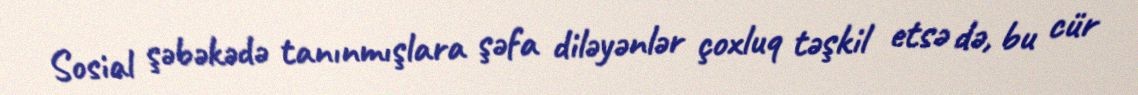
Sosial şəbəkədə tanınmışlara şəfa diləyənlər çoxluq təşkil etsə də, bu cür